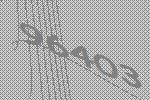
96403